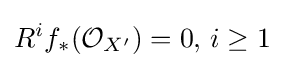
R^{i}f_{*}({\mathcal {O}}_{X'})=0,\,i\geq 1